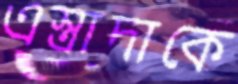
এস্ত্রাদাকে